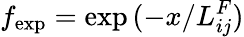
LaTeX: f_{\textrm{exp}}=\exp{(-x/L_{ij}^{F})}